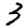
Digit: 3